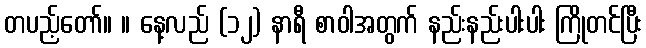
တပည့်တော်။ ။ နေ့လည် (၁၂) နာရီ စာဝါအတွက် နည်းနည်းပါးပါး ကြိုတင်ပြီး